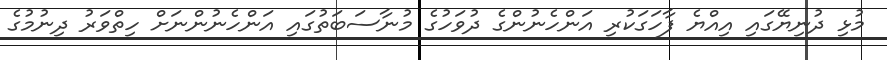
މުޅި ދުނިޔޭގައި އިއްޔެ ފާހަގަކުރި އަންހެނުންގެ ދުވަހުގެ މުނާސަބަތުގައި އަންހެނުންނަށް ހިތްވަރު ދިނުމުގެ